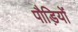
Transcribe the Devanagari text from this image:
पौड़ियों